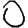
Digit: 0